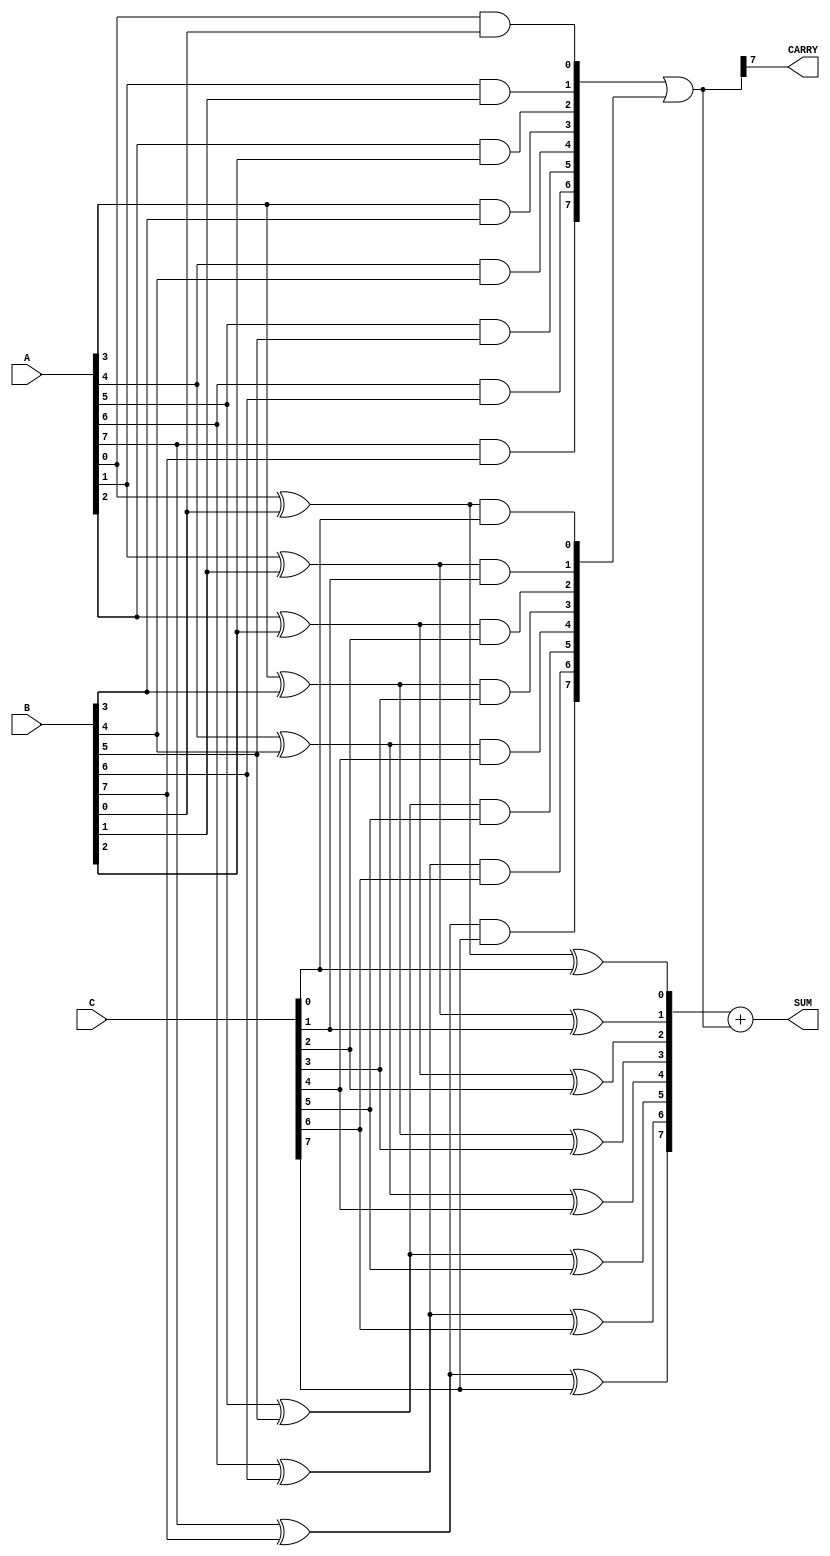
module carry_save_adder #(
    parameter WIDTH = 8 // Bit-width of the inputs
)(
    input  [WIDTH-1:0] A, // First operand
    input  [WIDTH-1:0] B, // Second operand
    input  [WIDTH-1:0] C, // Third operand
    output [WIDTH:0] SUM,  // Final sum output (WIDTH+1 bits to accommodate carry)
    output CARRY          // Final carry output
);

    // Intermediate sums and carries
    wire [WIDTH-1:0] sum1, sum2, sum3;
    wire [WIDTH-1:0] carry1, carry2, carry3;

    // Full Adder Stage 1
    genvar i;
    generate
        for (i = 0; i < WIDTH; i = i + 1) begin : full_adder_stage1
            // Full adder for A and B
            assign sum1[i] = A[i] ^ B[i];
            assign carry1[i] = A[i] & B[i];
        end
    endgenerate

    // Full Adder Stage 2
    generate
        for (i = 0; i < WIDTH; i = i + 1) begin : full_adder_stage2
            // Full adder for sum1 and C
            assign sum2[i] = sum1[i] ^ C[i];
            assign carry2[i] = sum1[i] & C[i];
        end
    endgenerate

    // Carry propagation
    wire [WIDTH-1:0] carry_out;
    assign carry_out = carry1 | carry2;

    // Final Sum and Carry
    assign SUM = sum2 + carry_out; // Final sum
    assign CARRY = carry_out[WIDTH-1]; // Final carry out

endmodule